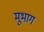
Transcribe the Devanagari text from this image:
मूभाग